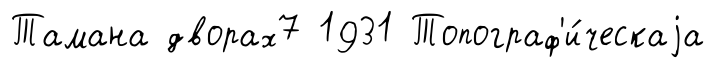
Тамана дворах7 1931 Топограф'и́ческаjа